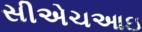
સીએચઆઇ